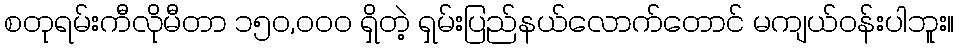
စတုရမ်းကီလိုမီတာ ၁၅၀,၀၀၀ ရှိတဲ့ ရှမ်းပြည်နယ်လောက်တောင် မကျယ်ဝန်းပါဘူး။